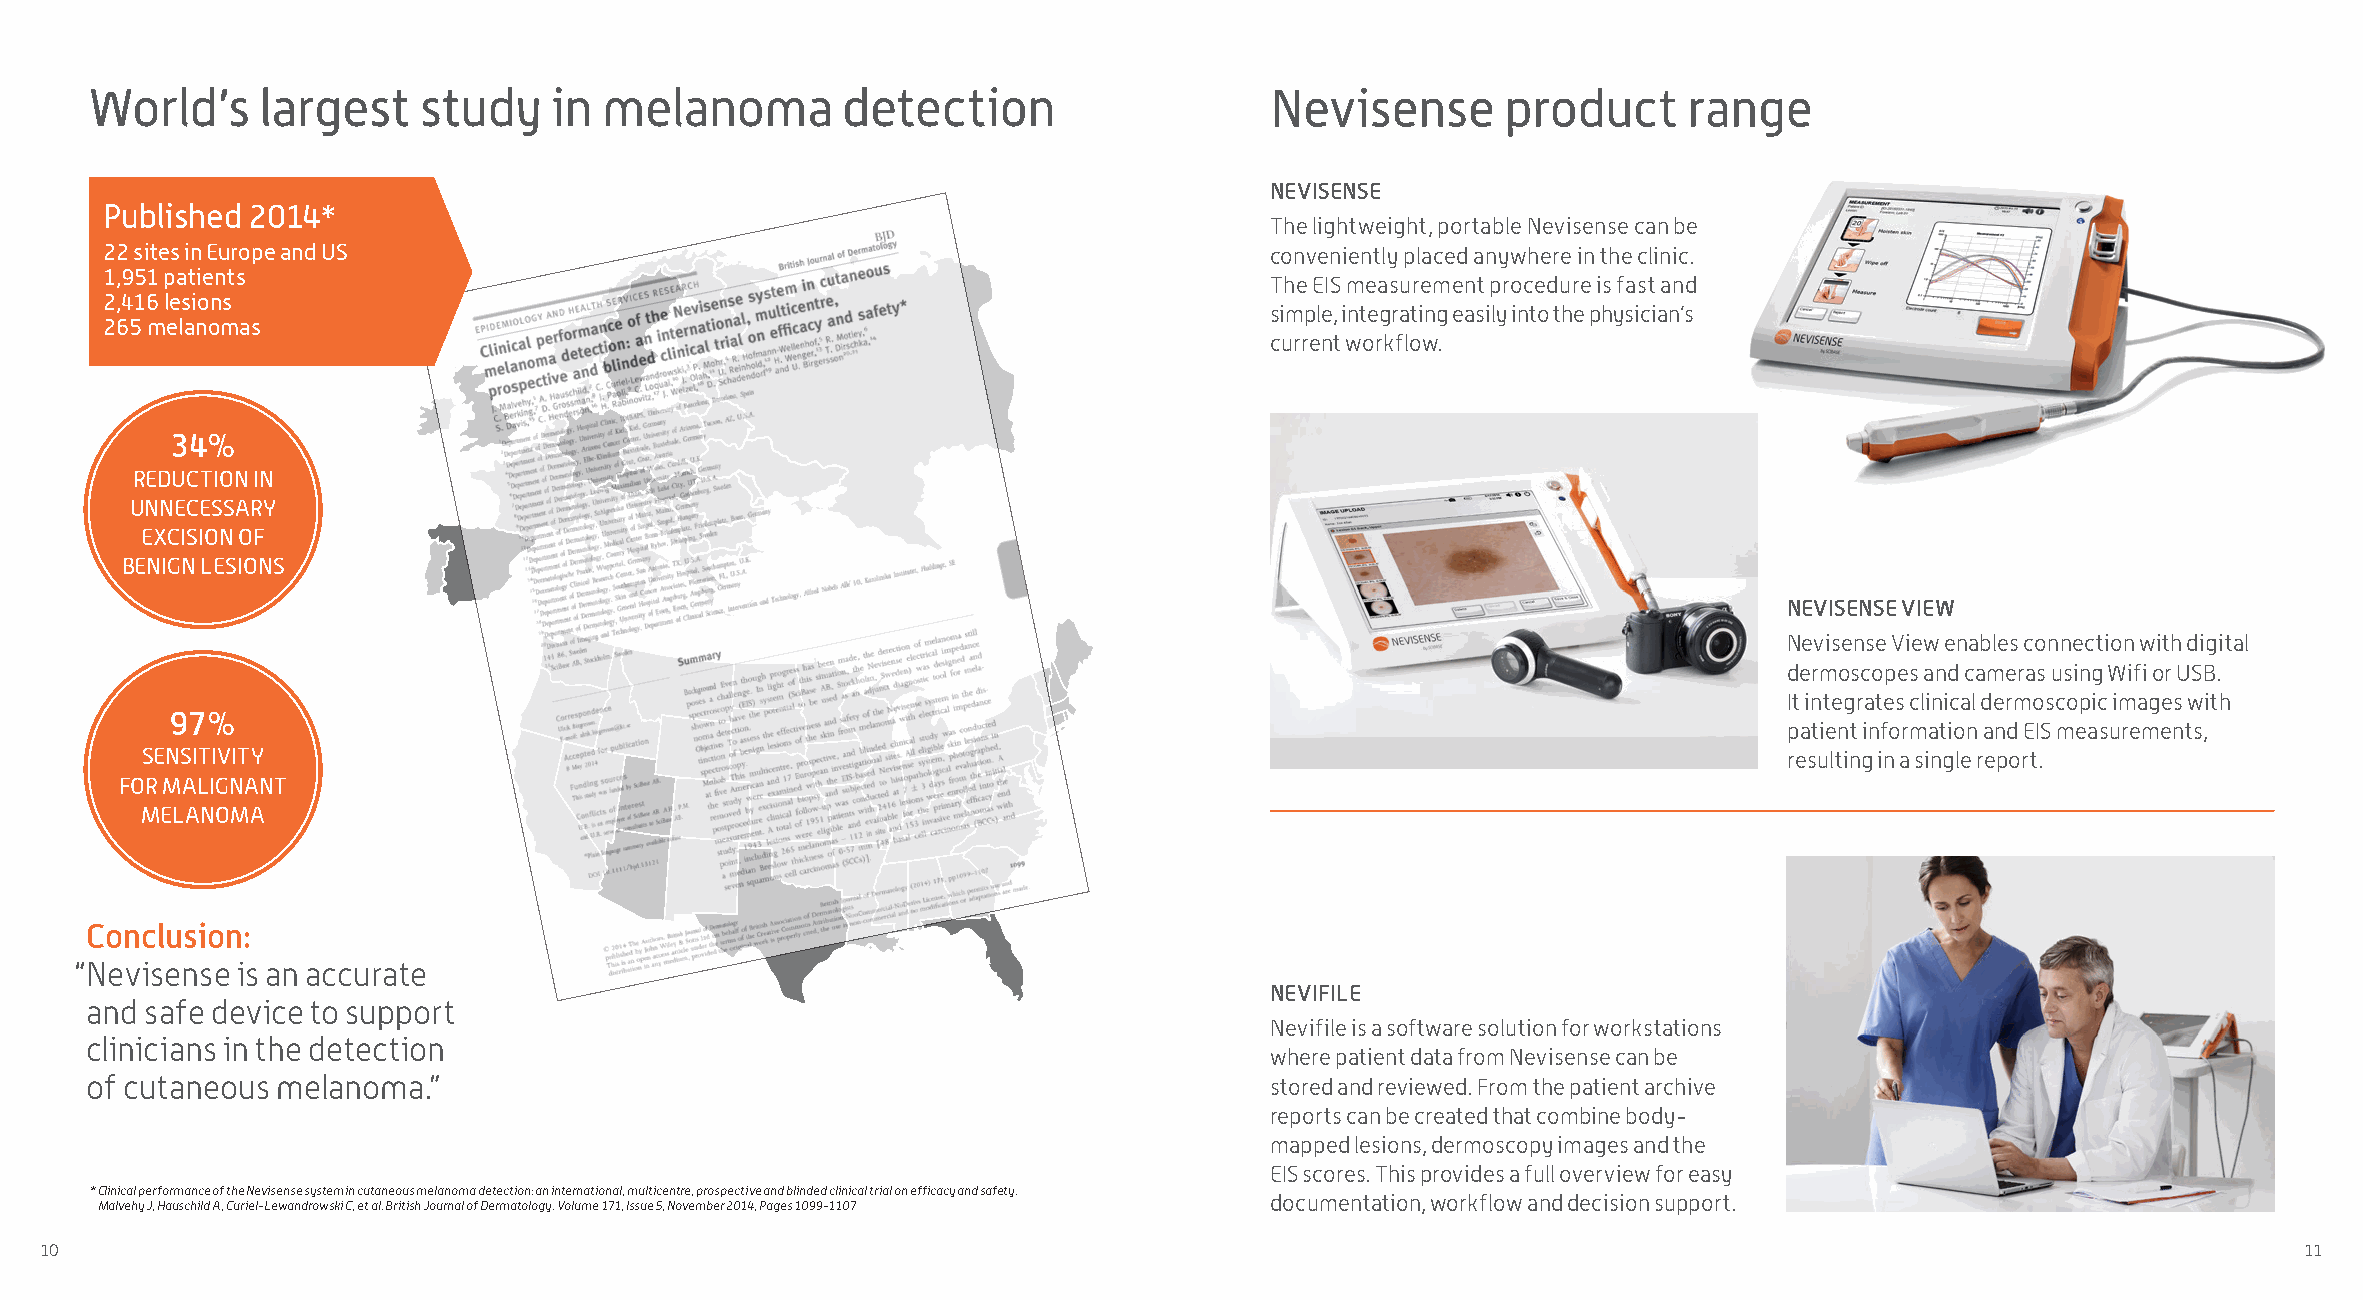
World’s    largest    study   in  melanoma        detection                   Nevisense       product     range
 NEVISENSE
 Published 2014*
 The lightweight, portable Nevisense can be
 22 sites in Europe and US                                                    conveniently placed anywhere in the clinic.
 1,951 patients
 The EIS measurement procedure is fast and
 2,416 lesions
 simple, integrating easily into the physician’s
 265 melanomas
 current workflow.
 34%
 REDUCTION IN
 UNNECESSARY
 EXCISION OF
 BENIGN LESIONS
 NEVISENSE VIEW
 Nevisense View enables connection with digital
 dermoscopes and cameras using Wifi or USB.
 It integrates clinical dermoscopic images with
 97%
 patient information and EIS measurements,
 SENSITIVITY                                                                                                  resulting in a single report.
 FOR MALIGNANT
 MELANOMA
 Conclusion:
 “ Nevisense is an accurate
 NEVIFILE
 and safe device to support
 Nevifile is a software solution for workstations
 clinicians in the detection
 where patient data from Nevisense can be
 of cutaneous melanoma.”                                                       stored and reviewed. From the patient archive
 reports can be created that combine body-
 mapped lesions, dermoscopy images and the
 EIS scores. This provides a full overview for easy
 * Clinical performance of the Nevisense system in cutaneous melanoma detection: an international, multicentre, prospective and blinded clinical trial on efficacy and safety.
 documen tation, workflow and decision support.
 Malvehy J, Hauschild A, Curiel-Lewandrowski C, et al. British Journal of Dermatology. Volume 171, Issue 5, November 2014, Pages 1099-1107
 10                                                                                                                                                   11